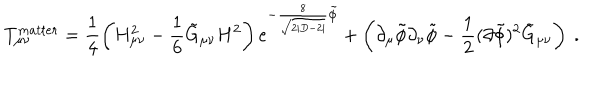
LaTeX: T _ { \mu \nu } ^ { m a t t e r } = \frac { 1 } { 4 } \left( H _ { \mu \nu } ^ { 2 } - \frac { 1 } { 6 } \tilde { G } _ { \mu \nu } H ^ { 2 } \right) e ^ { - \frac { 8 } { \sqrt { 2 | D - 2 | } } \tilde { \phi } } + \left( \partial _ { \mu } \tilde { \phi } \partial _ { \nu } \tilde { \phi } - \frac { 1 } { 2 } ( \partial \tilde { \phi } ) ^ { 2 } \tilde { G } _ { \mu \nu } \right) ~ .